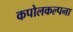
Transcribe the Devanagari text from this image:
कपोलकल्पना